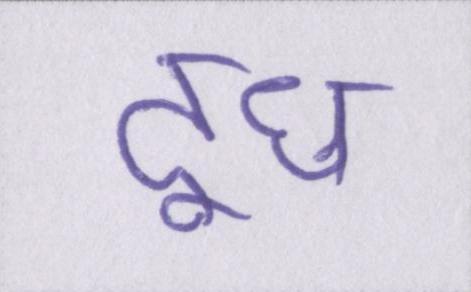
दूध